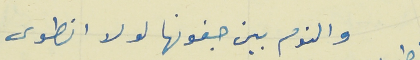
والنوم بين جفونها لولا انطوى